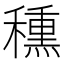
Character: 𥢾